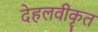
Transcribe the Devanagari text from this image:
देहलवीकृत